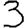
Digit: 3